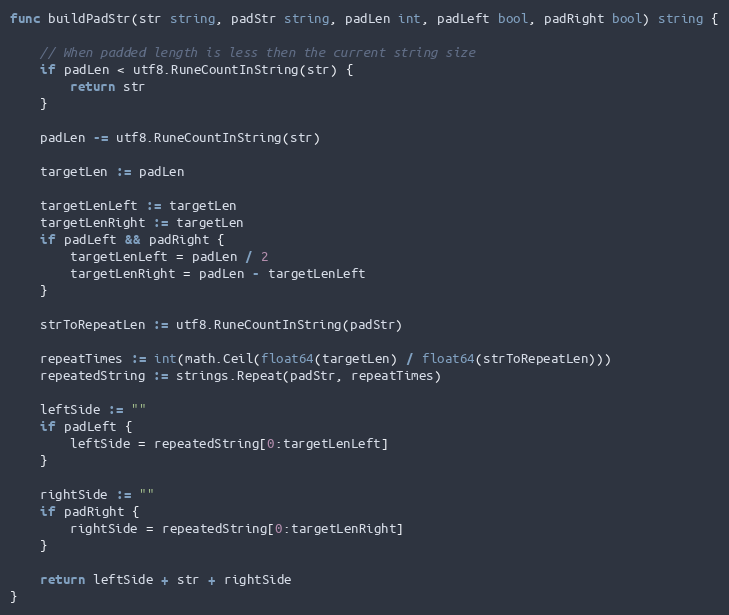
Language: Go
func buildPadStr(str string, padStr string, padLen int, padLeft bool, padRight bool) string {

	// When padded length is less then the current string size
	if padLen < utf8.RuneCountInString(str) {
		return str
	}

	padLen -= utf8.RuneCountInString(str)

	targetLen := padLen

	targetLenLeft := targetLen
	targetLenRight := targetLen
	if padLeft && padRight {
		targetLenLeft = padLen / 2
		targetLenRight = padLen - targetLenLeft
	}

	strToRepeatLen := utf8.RuneCountInString(padStr)

	repeatTimes := int(math.Ceil(float64(targetLen) / float64(strToRepeatLen)))
	repeatedString := strings.Repeat(padStr, repeatTimes)

	leftSide := ""
	if padLeft {
		leftSide = repeatedString[0:targetLenLeft]
	}

	rightSide := ""
	if padRight {
		rightSide = repeatedString[0:targetLenRight]
	}

	return leftSide + str + rightSide
}